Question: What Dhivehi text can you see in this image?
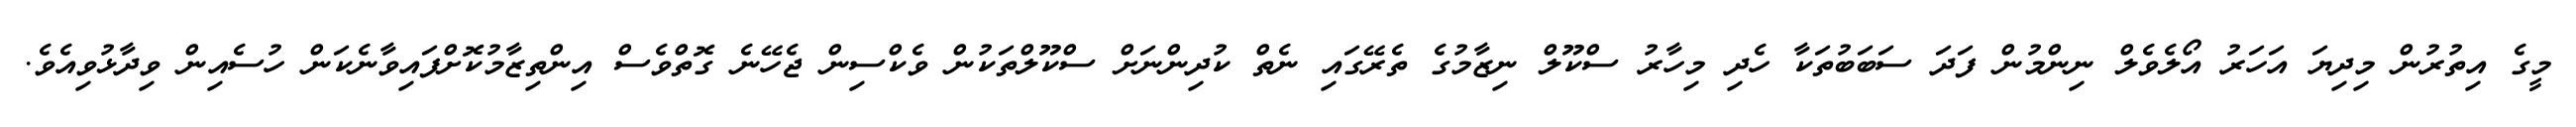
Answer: މީގެ އިތުރުން މިދިޔަ އަހަރު އޯލެވެލް ނިންމުން ފަދަ ސަބަބުތަކާ ހެދި މިހާރު ސްކޫލް ނިޒާމުގެ ތެރޭގައި ނެތް ކުދިންނަށް ސްކޫލްތަކުން ވެކްސިން ޖެހޭނެ ގޮތްވެސް އިންތިޒާމުކޮށްފައިވާނެކަން ހުސެއިން ވިދާޅުވިއެވެ.